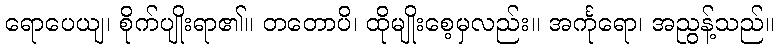
ရောပေယျ၊ စိုက်ပျိုးရာ၏။ တတောပိ၊ ထိုမျိုးစေ့မှလည်း။ အင်္ကုရော၊ အညွန့်သည်။